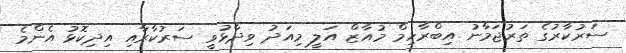
ސަރުކާރުގެ ތަރުޖަމާނު އިބްރާހިމް މުއާޒް އަލީ މިއަދު ވިދާޅުވީ ސަރުކާރާއި އިދިކޮޅު އެންމެ